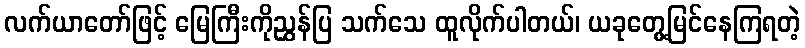
လက်ယာတော်ဖြင့် မြေကြီးကိုညွှန်ပြ သက်သေ ထူလိုက်ပါတယ်၊ ယခုတွေ့မြင်နေကြရတဲ့